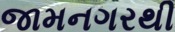
જામનગરથી